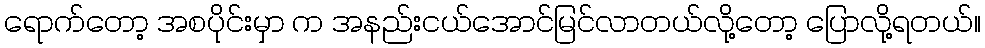
ရောက်တော့ အစပိုင်းမှာ က အနည်းငယ်အောင်မြင်လာတယ်လို့တော့ ပြောလို့ရတယ်။